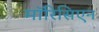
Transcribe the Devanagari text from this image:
मॉरिसिएन